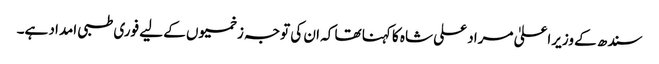
سندھ کے وزیراعلیٰ مراد علی شاہ کا کہنا تھا کہ ان کی توجہ زخمیوں کے لیے فوری طبی امداد ہے۔